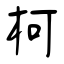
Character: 柯